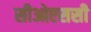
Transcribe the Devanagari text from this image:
सीओएससी